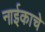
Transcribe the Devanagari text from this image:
नाईकाचे